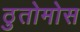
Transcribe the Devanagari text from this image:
ठुतोमोस